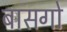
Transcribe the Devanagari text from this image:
बासगो